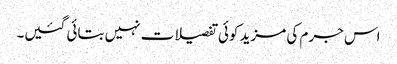
اس جرم کی مزید کوئی تفصیلات نہیں بتائی گئیں۔